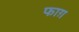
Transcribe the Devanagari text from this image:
फाग़